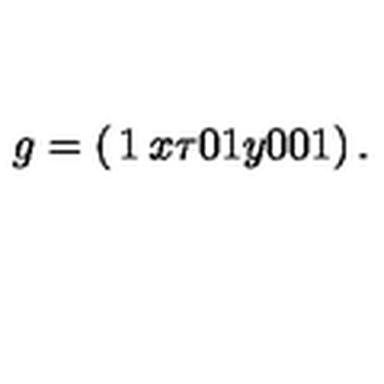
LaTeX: g = \left( \begin{matrix} { 1 } & { x } & { \tau } \\ { 0 } & { 1 } & { y } \\ { 0 } & { 0 } & { 1 } \\ \end{matrix} \right) .